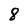
Character: 8